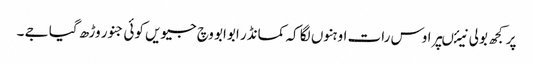
پر کجھ بولی نیئںپر اوس رات اوہنوں لگا کہ کمانڈر ابوابو وچ جیویں کوئی جنور وڑھ گیا جے ۔